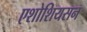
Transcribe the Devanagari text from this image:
एशोशियसन